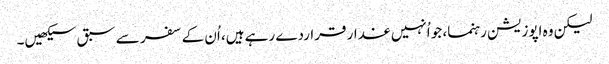
لیکن وہ اپوزیشن رہنما، جو اُنہیں غدار قراردے رہے ہیں، اُن کے سفر سے سبق سیکھیں۔